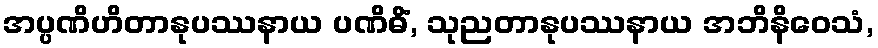
အပ္ပဏိဟိတာနုပဿနာယ ပဏိဓိံ, သုညတာနုပဿနာယ အဘိနိဝေသံ,